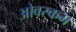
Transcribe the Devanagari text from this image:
ओवरकम